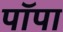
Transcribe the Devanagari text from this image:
पॉपा